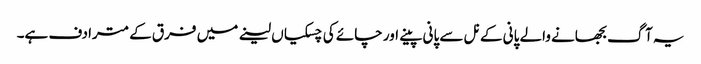
یہ آگ بجھانے والے پانی کے نل سے پانی پینے اور چائے کی چسکیاں لینے میں فرق کے مترادف ہے۔